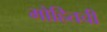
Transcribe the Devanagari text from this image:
मोहितची